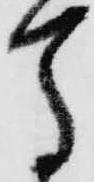
馬